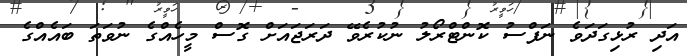
އަދި ރުޅިގަދަވެ ނަފްސު ކޮންޓްރޯލު ނުކުރެވޭ ދަރަޖައަށް ގޮސް މީހެއްގެ ނުވަތަ ބައެއްގެ